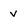
Character: v